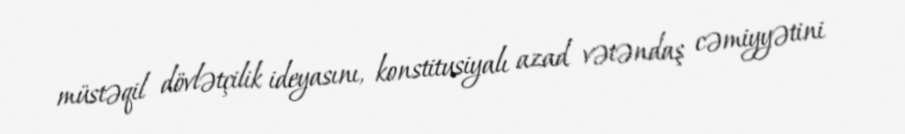
müstəqil dövlətçilik ideyasını, konstitusiyalı azad vətəndaş cəmiyyətini